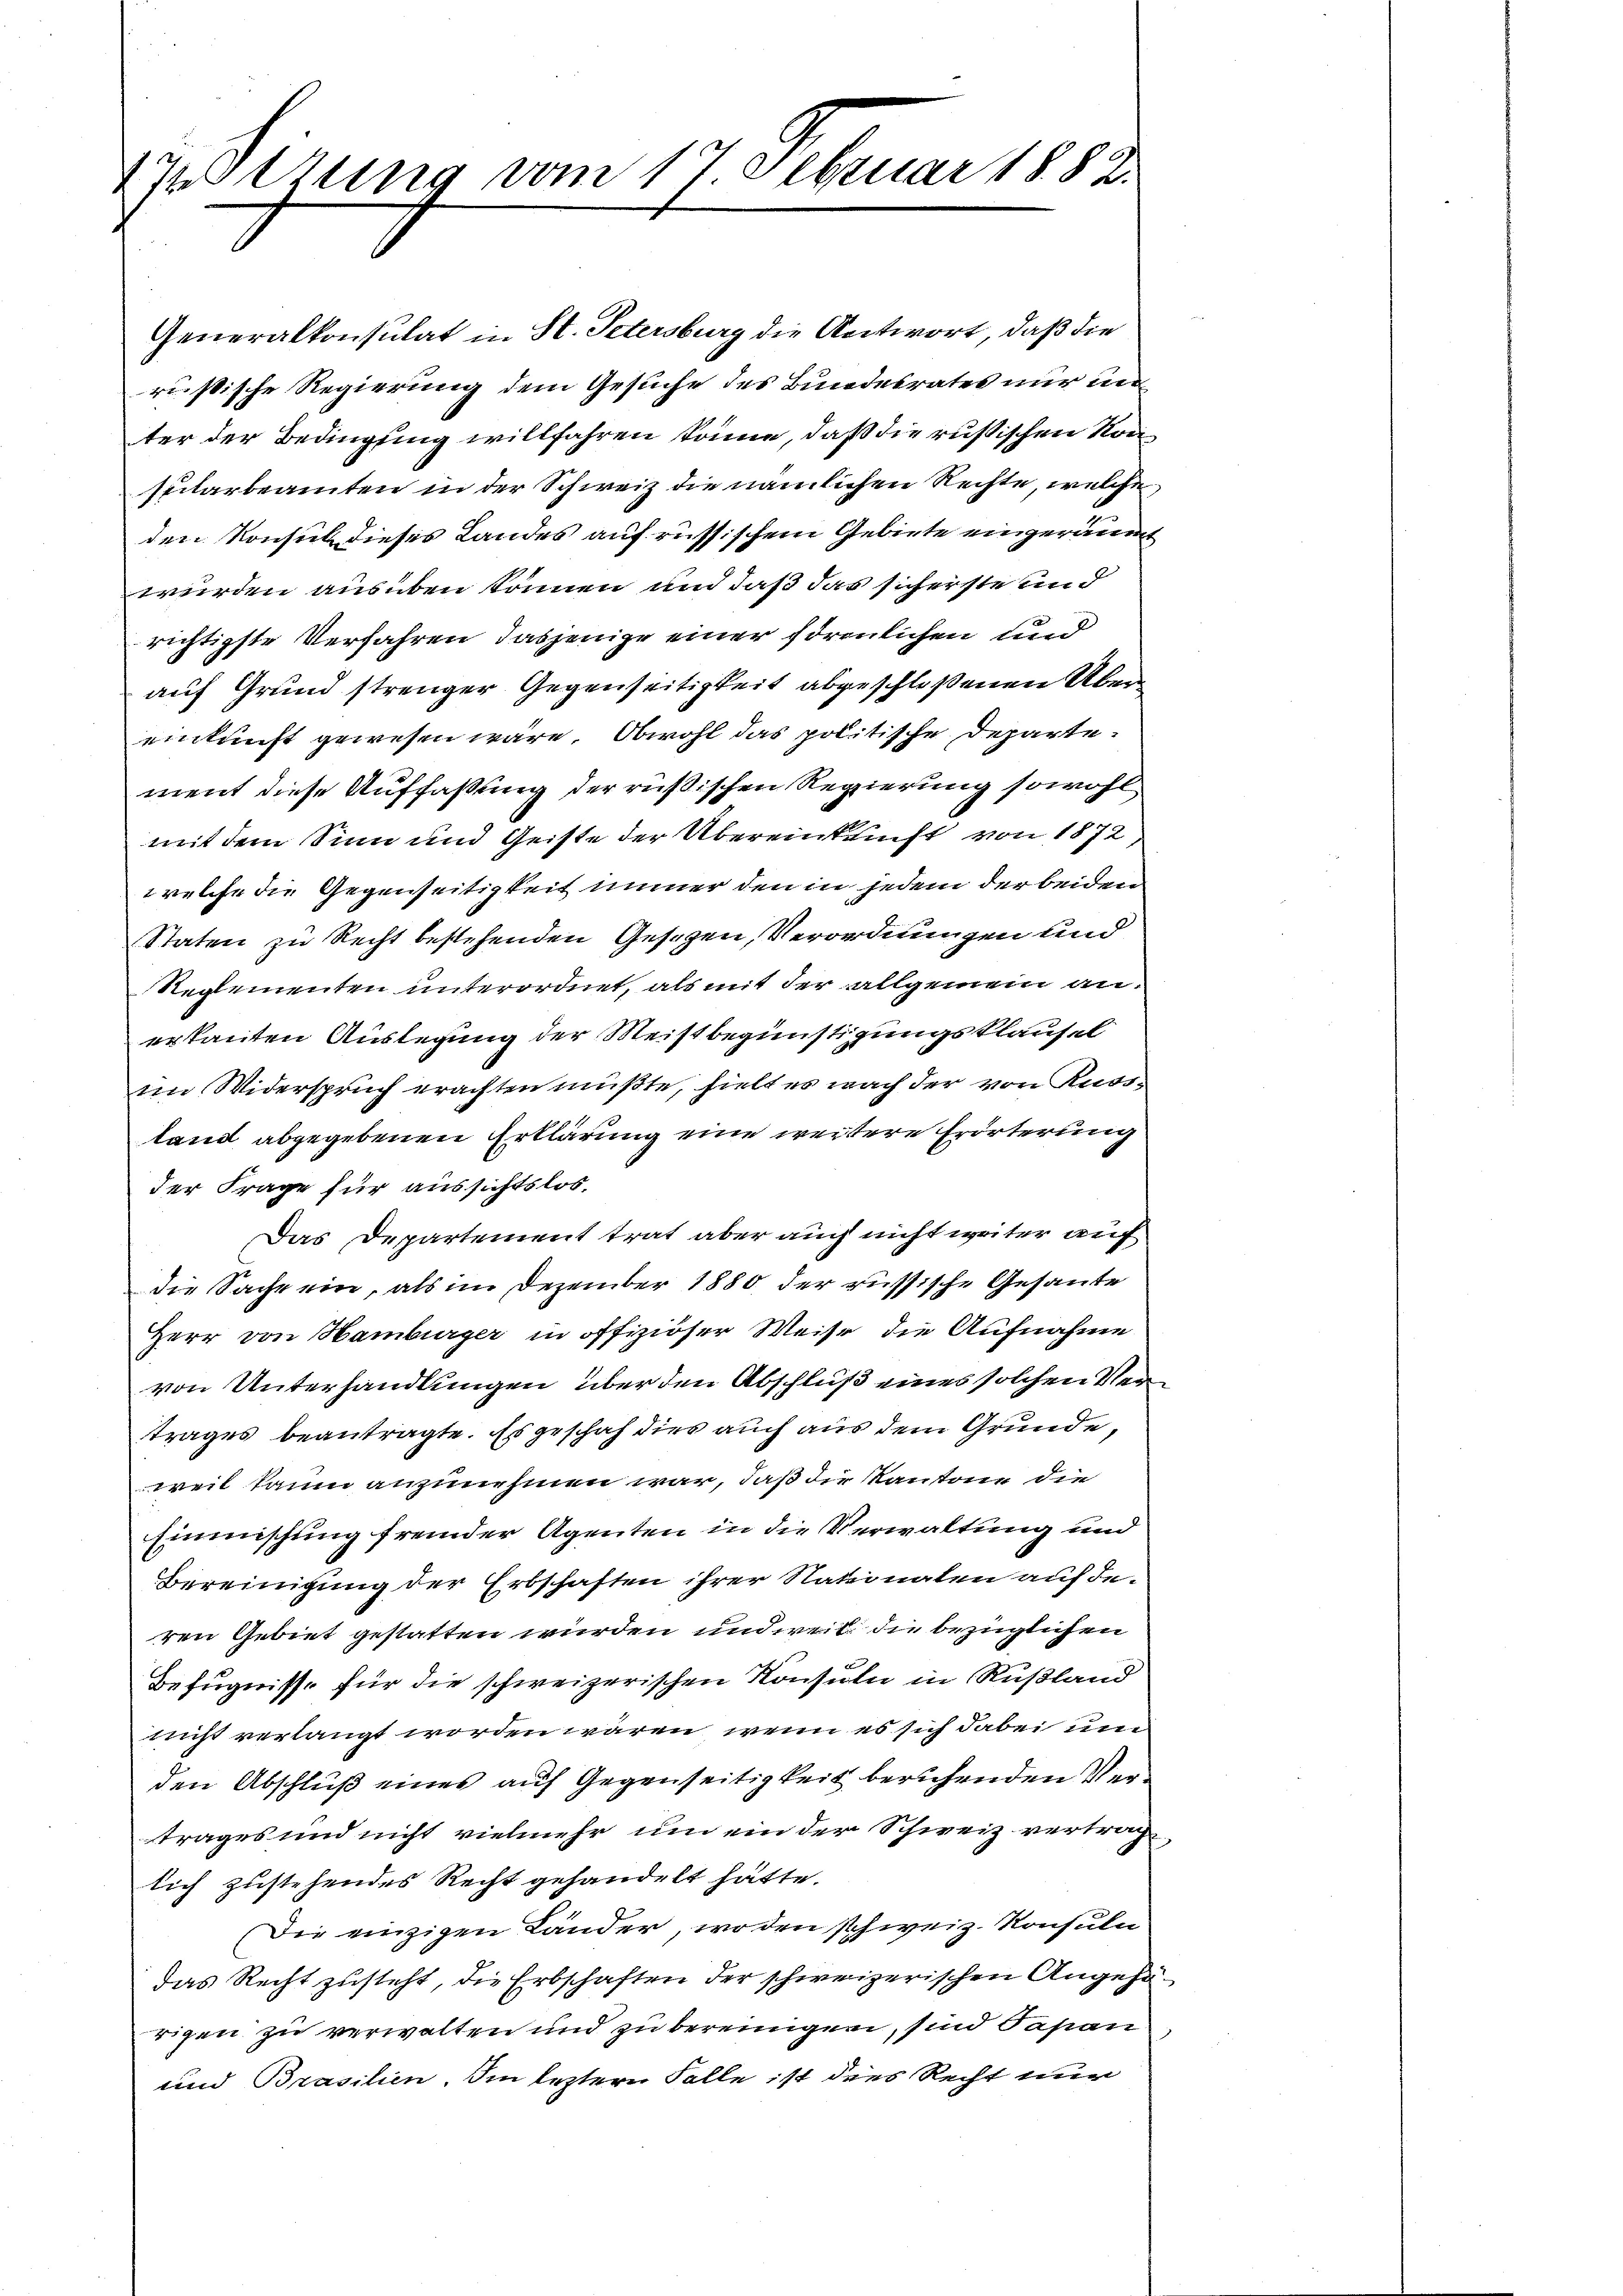
Ittung vom 17 Februar 1882.

Generalkonsulat in St. Petersburg die Antwort, daß die
rüßische Regierung dem Gesuche des Bundesrates nur unter der Bedingung willfahren könne, daß die russischen Konspilarbeamten in der Schweiz die nämlichen Rechte, welche
den Konsul dieses Landes auf russischem Gebiete eingerauen
werden ausüben können und daß das sicherste und
richtigste Verfahren, dasjenige einer förmlichen und
auf Grund strenger Gegenseitigkeit abgeschloßenen Übereinkunft gewesen wäre. Obwohl das politische Departement diese Auffaßung der rüßischen Regierung sowohl
mit dem Sinn und Geiste der Übereinkunft von 1872
welche die Gegenseitigkeit immer den in jedem der beiden
Staten zu Recht bestehenden Gesetzen, Verordnungen und
Reglementen unterordnet, als mit der allgemein anerkanten Auslegung der Meistbegünstigungsklausel
im Widerspruch erachten müßte, hielt es nach der von Russ-
land abgegebenen Erklärung eine weitere Erörterung
der Frage für aussichtslos,
Das Departement trat aber auch nicht weiter auf
die Sache ein, als im Dezember 1880 der russische Gesante
Herr von Hamburger in offiziöser Weise die Aufnahme
von Unterhandlungen über den Abschluß eines solchen Vertrages beantragte. Es geschah dies auch aus dem Grunde,
weil kaum anzunehmen war, daß die Kantone die
Einmischung fremder Agenten in die Verwaltung und
Bereinigung der Erbschaften ihrer Nationalen auf deren Gebiet gestatten wurden und weil die bezüglichen
Befugnisse für die schweizerischen Konsuln in Rußland
nicht verlangt worden wären, wenn es sich dabei und
den Abschluß eines auf Gegenseitigkeit beruhenden Vertrages und nicht vielmehr um ein der Schweiz vertrag
lich zustehendes Recht gehandelt hätte.
Die einzigen Länder, wo den schweiz. Konsuln
das Recht zusteht, die Erbschaften der schweizerischen Angehe
rigen zu verwalten und zu bereinigen, sind Papan
und Brasilien. Im leztern Falle ist dies Recht nur

2